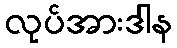
လုပ်အားဒါန